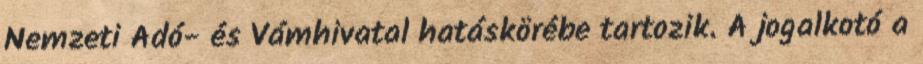
Nemzeti Adó- és Vámhivatal hatáskörébe tartozik. A jogalkotó a